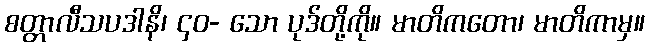
စတ္တာလီသပဒါနိ၊ ၄၀- သော ပုဒ်တို့ကို။ မာတိကတော၊ မာတိကာမှ။